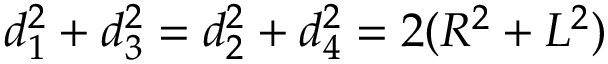
d _ { 1 } ^ { 2 } + d _ { 3 } ^ { 2 } = d _ { 2 } ^ { 2 } + d _ { 4 } ^ { 2 } = 2 ( R ^ { 2 } + L ^ { 2 } )